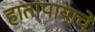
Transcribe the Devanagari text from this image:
हातापायाचे